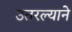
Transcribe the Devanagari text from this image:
उतरल्याने